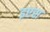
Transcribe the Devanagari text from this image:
इएस